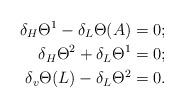
LaTeX: \begin{align*}\delta_H\Theta^1-\delta_L\Theta(A)&=0;\\\delta_H\Theta^2+\delta_L\Theta^1&=0;\\\delta_v\Theta(L)-\delta_L\Theta^2&=0.\end{align*}